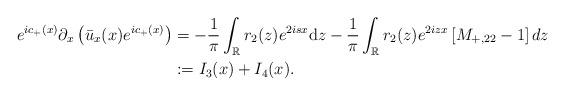
LaTeX: \begin{align*}e^{ic_+(x)} \partial_{x}\left(\bar{u}_x(x) e^{ic_+(x)}\right)&=-\frac{1}{\pi} \int_{\mathbb{R}} r_2(z) e^{2isx}\mathrm{d} z-\frac{1}{\pi} \int_{\mathbb{R}} r_2(z) e^{2 iz x}\left[M_{+,22} -1\right] dz\\&:=I_3(x)+I_4(x).\end{align*}